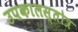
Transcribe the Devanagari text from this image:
उपकालस्तोत्र